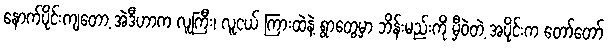
နောက်ပိုင်းကျတော့ အဲဒီဟာက လူကြီး၊ လူငယ် ကြားထဲနဲ့ ရွာတွေမှာ ဘိန်းမည်းကို မှီဝဲတဲ့ အပိုင်းက တော်တော်